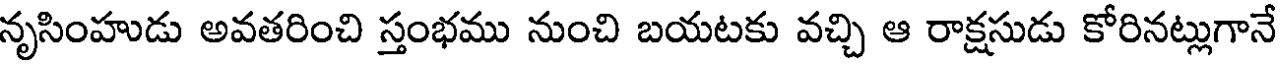
నృసింహుడు అవతరించి స్తంభము నుంచి బయటకు వచ్చి ఆ రాక్షసుడు కోరినట్లుగానే